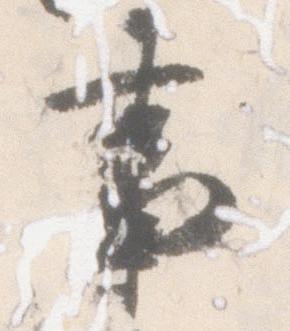
事